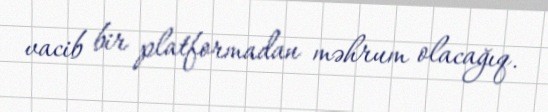
vacib bir platformadan məhrum olacağıq.